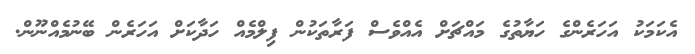
އެކަމަކު އަހަރެންގެ ހަޔާތުގެ މައްޗަށް އެއްވެސް ފަރާތަކުން ފިލްމެއް ހަދާކަށް އަހަރެން ބޭނުމެއްނޫން.